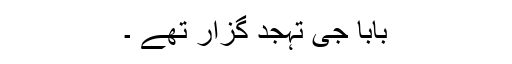
بابا جی تہجد گزار تھے ۔